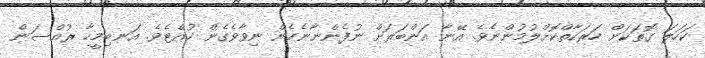
ކަހަލަ ގޮތަކަށް ހަރަކާތްކޮށްލުމުންނެވެ. އޭނާ އަންބަރަށް ނުފެންނާނެހެން ނިވާވެގެން ހުއްޓެވެ. އަނބިމީހާ ރުއްސަން